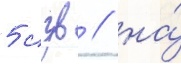
5 сзв / на́